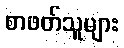
စာဖတ်သူများ